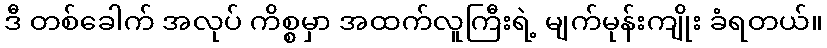
ဒီ တစ်ခေါက် အလုပ် ကိစ္စမှာ အထက်လူကြီးရဲ့ မျက်မုန်းကျိုး ခံရတယ်။